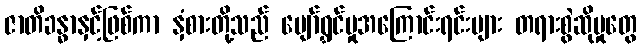
ဇာတိခန္ဓာနှင့်ဖြစ်ကာ နှံစားတို့သည် ပျော်ရွှင်မှုအကြောင်းရင်းများ တရားစွဲဆိုမှုတွေ